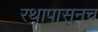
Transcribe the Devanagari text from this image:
रथापासूनच